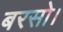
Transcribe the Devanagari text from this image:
बरसो।